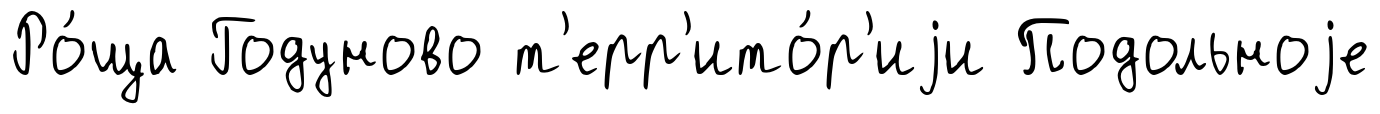
Ро́ща Годуново т'ерр'ито́р'иjи Подольноjе